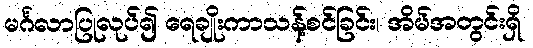
မင်္ဂလာပြုလုပ်၍ ရေချိုးကာသန့်စင်ခြင်း၊ အိမ်အတွင်းရှိ